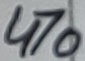
Text: 470